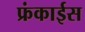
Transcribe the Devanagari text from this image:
फ्रंकाईस